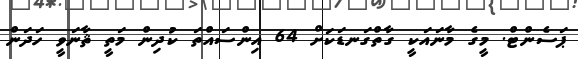
ޕަސެންޓް. މީގެ މާނައަކީ ގާތްގަނޑަކަށް 64 އިންސައްތަ ކުދިން މަތީ ޘާނަވީ ހަދަން